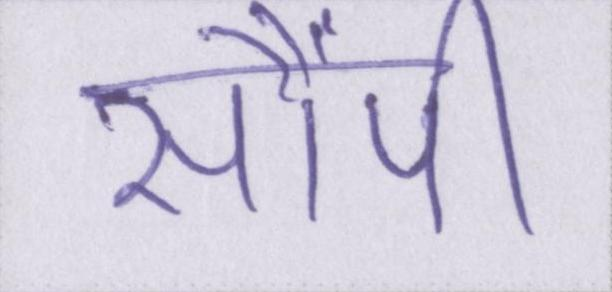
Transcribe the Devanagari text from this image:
सौंपी